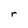
Character: r